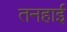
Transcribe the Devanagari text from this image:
तनहाई